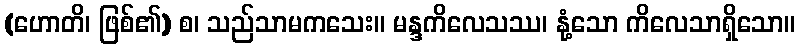
(ဟောတိ၊ ဖြစ်၏) စ၊ သည်သာမကသေး။ မန္ဒကိလေသဿ၊ နုံ့သော ကိလေသာရှိသော။